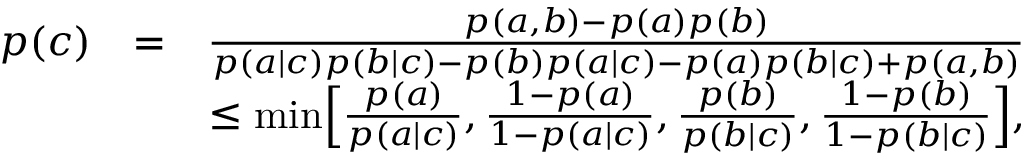
\begin{array} { r l r } { p ( c ) } & { = } & { \frac { p ( a , b ) - p ( a ) p ( b ) } { p ( a | c ) p ( b | c ) - p ( b ) p ( a | c ) - p ( a ) p ( b | c ) + p ( a , b ) } } \\ & { } & { \leq \mathrm { m i n } \Big [ \frac { p ( a ) } { p ( a | c ) } , \frac { 1 - p ( a ) } { 1 - p ( a | c ) } , \frac { p ( b ) } { p ( b | c ) } , \frac { 1 - p ( b ) } { 1 - p ( b | c ) } \Big ] , } \end{array}